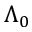
\Lambda _ { 0 }